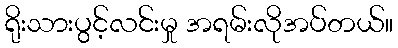
ရိုးသားပွင့်လင်းမှု အရမ်းလိုအပ်တယ်။